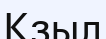
Кзыл